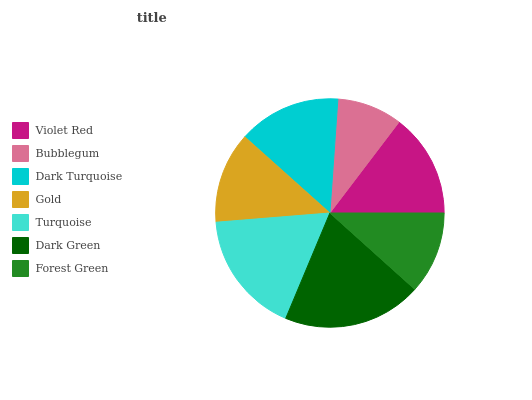
| Violet Red | Bubblegum | Dark Turquoise | Gold | Turquoise | Dark Green | Forest Green |
 | --- | --- | --- | --- | --- | --- | --- |
 | 14.7% | 9.24% | 14.5% | 12.9% | 17.4% | 19.6% | 11.7% |